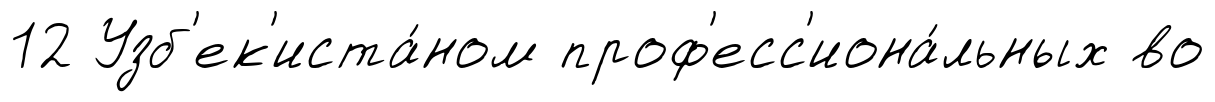
12 Узб'ек'иста́ном проф'есс'иона́льных во